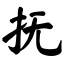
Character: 抚